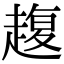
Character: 𧼱